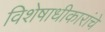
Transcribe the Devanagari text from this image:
विशेषाधीकारांचे